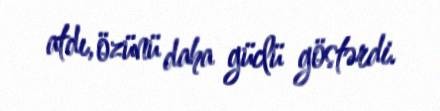
atdı, özünü daha güclü göstərdi.